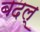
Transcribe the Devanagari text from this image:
बदल्